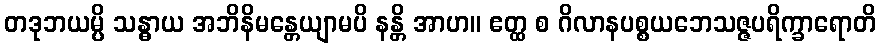
တဒုဘယမ္ပိ သန္ဓာယ အဘိနိမန္တေယျာမပိ နန္တိ အာဟ။ ဧတ္ထ စ ဂိလာနပစ္စယဘေသဇ္ဇပရိက္ခာရောတိ